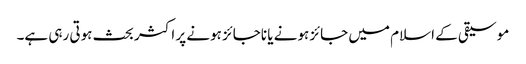
موسیقی کے اسلام میں جائز ہونے یا ناجائز ہونے پر اکثر بحث ہوتی رہی ہے۔